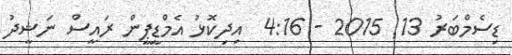
ޑިސެމްބަރު 13